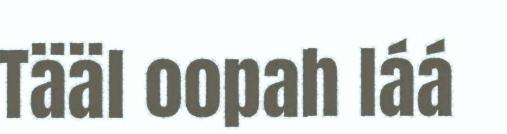
Tääl oopah láá